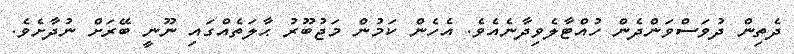
ދެތިން ދުވަސްވަންދެން ހުއްޓާލެވިދާނެއެވެ. އެހެން ކަމުން މަޖުބޫރު ޙާލަތެއްގައި ނޫނީ ބޭރަށް ނުދާށެވެ.